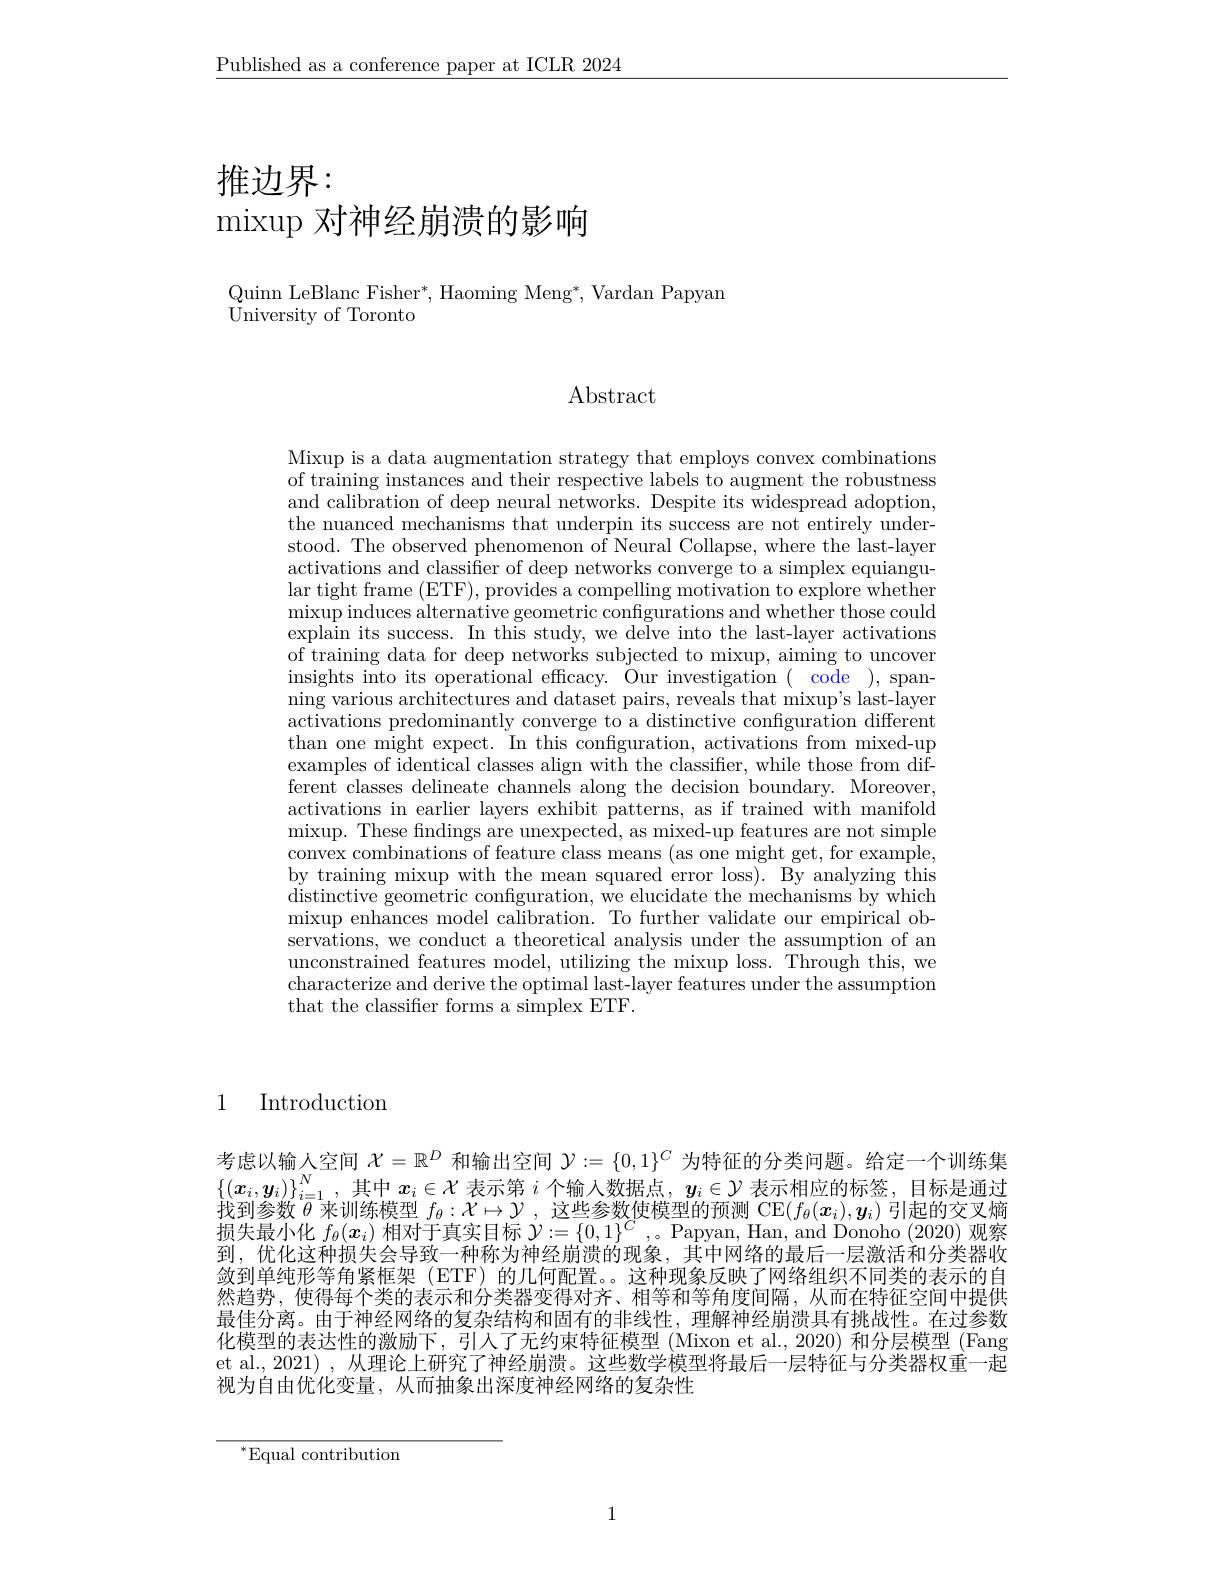
$\underline{\text{Published as a conference paper at ICLR 2024}}$

# 推边界： mixup 对神经崩溃的影响

Quinn LeBlanc Fisher$^*$, Haoming Meng$^*$, Vardan Papyan
University of Toronto

Abstract

Mixup is a data augmentation strategy that employs convex combinations of training instances and their respective labels to augment the robustness and calibration of deep neural networks. Despite its widespread adoption, the nuanced mechanisms that underpin its success are not entirely understood. The observed phenomenon of Neural Collapse, where the last-layer activations and classifier of deep networks converge to a simplex equiangular tight frame (ETF), provides a compelling motivation to explore whether $\operatorname*{mixup}$induces alternative geometric configurations and whether those could explain its success. In this study, we delve into the last-layer activations of training data for deep networks subjected to mixup, aiming to uncover insights into its operational efficacy. Öur investigation( code ), span- $\bar{\text{ning various architectures and dataset pairs, reveals that mixup's last-layer}}$ activations predominantly converge to a distinctive configuration different than one might expect. In this configuration, activations from mixed-up examples of identical classes align with the classiffer, while those from different classes delineate channels along the decision boundary. Moreover, activations in earlier layers exhibit patterns, as if trained with manifold mixup. These findings are unexpected, as mixed-up features are not simple convex combinations of feature class means (as one might get, for example, by training mixup with the mean squared error loss). By analyzing this $\bar{\text{distinctive geometric configuration, we elucidate the mechanisms by which}}$ mixup enhances model calibration. To further validate our empirical ob- servations, we conduct a theoretical analysis under the assumption of an unconstrained features model, utilizing the mixup loss. Through this, we characterize and derive the optimal last-layer features under the assumption that the classifier forms a simplex ETF.

1 Introduction

考虑以输人空间$\mathcal{X}=\mathbb{R}^D$和输出空间$\mathcal{Y}:=\{0,1\}^C$为特征的分类问题。给定一个训练集$\left\{(x_i,y_i)\right\}_{i=1}^N$,其中$x_i\in\mathcal{X}$表示第$i$个输入数据点$,y_i\in\mathcal{Y}$表示相应的标签，目标是通过找到参数$\theta$来训练模型$f_{\theta}:\mathcal{X}\mapsto\mathcal{Y}$,这些参数使模型的预测 CE$(f_{\theta}(\boldsymbol x_{i}),\boldsymbol y_{i})$引起的交叉熵损失最小化$f_\theta(\boldsymbol{x}_i)$相对于真实目标$\mathcal{Y}:=\{0,1\}^C,\circ$ Papyan, Han, and Donoho (2020)观察到，优化这种损失会导致一种称为神经崩溃的现象，其中网络的最后一层激活和分类器收敛到单纯形等角紧框架 (ETF) 的几何配置。。这种现象反映了网络组织不同类的表示的自然趋势，使得每个类的表示和分类器变得对齐、相等和等角度间隔，从而在特征空间中提供最佳分离。由于神经网络的复杂结构和固有的非线性，理解神经崩溃具有挑战性。在过参数化模型的表达性的激励下，引入了无约束特征模型 (Mixon et al., 2020) 和分层模型 (Fang et al., 2021) , 从理论上研究了神经崩溃。这些数学模型将最后一层特征与分类器权重一起视为自由优化变量，从而抽象出深度神经网络的复杂性

$^{*}$Equal contribution

1